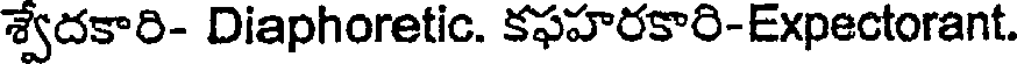
శ్వేదకారి- Diaphoretic. కఫహరకారి-Expectorant.